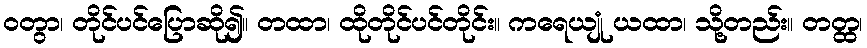
ဝတွာ၊ တိုင်ပင်ပြောဆို၍။ တထာ၊ ထိုတိုင်ပင်တိုင်း။ ကရေယျုံ ယထာ၊ သို့တည်း။ တတ္ထ၊